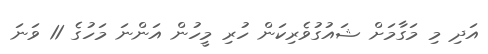
އަދި މި މަގާމަށް ޝައުގުވެރިކަން ހުރި މީހުން އަންނަ މަހުގެ 11 ވަނަ